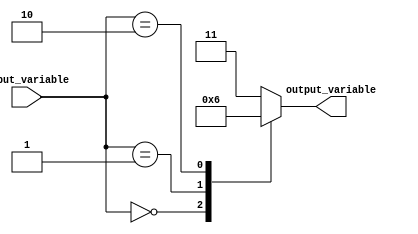
module behavioral_modeling (
    input [3:0] input_variable,
    output reg [1:0] output_variable
);

initial begin
    case (input_variable)
        4'b0000: output_variable = 2'b00; // If input_variable is 0000
        4'b0001: output_variable = 2'b01; // If input_variable is 0001
        4'b0010: output_variable = 2'b10; // If input_variable is 0010
        default: output_variable = 2'b11;  // If input_variable is neither 0000, 0001, nor 0010
    endcase
end

endmodule